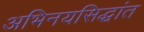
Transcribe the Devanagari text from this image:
अभिनयसिद्धांत